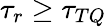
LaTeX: \tau_{r}\geq\tau_{TQ}